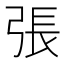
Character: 張